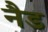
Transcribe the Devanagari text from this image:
नैड